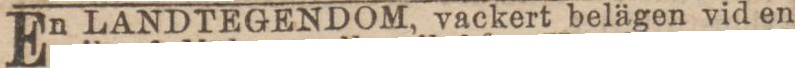
En LANDTEGENDOM, vackert belägen vid en